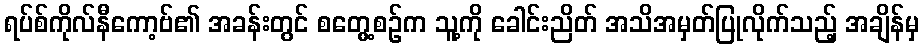
ရပ်စ်ကိုလ်နီကော့ဗ်၏ အခန်းတွင် စတွေ့စဉ်က သူ့ကို ခေါင်းညိတ် အသိအမှတ်ပြုလိုက်သည့် အချိန်မှ